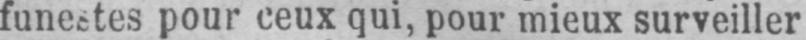
funestes pour ceux qui, pour mieux surveiller